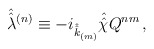
\begin{align*}\hat{\hat{\lambda}}{}^{(n)} \equiv-i_{\hat{\hat{k}}_{\scriptscriptstyle (m)}}\hat{\hat{\chi}} Q^{nm} \, ,\end{align*}